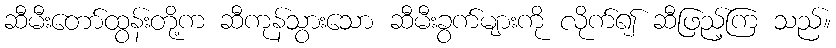
ဆီမီးတော်ထွန်းတို့က ဆီကုန်သွားသော ဆီမီးခွက်များကို လိုက်၍ ဆီဖြည့်ကြ သည်။